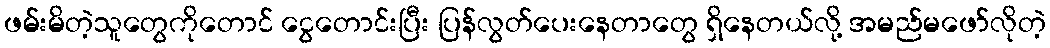
ဖမ်းမိတဲ့သူတွေကိုတောင် ငွေတောင်းပြီး ပြန်လွတ်ပေးနေတာတွေ ရှိနေတယ်လို့ အမည်မဖော်လိုတဲ့